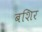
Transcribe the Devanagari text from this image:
बशिर